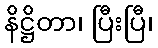
နိဋ္ဌိတာ၊ ပြီးပြီ၊